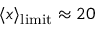
\langle x \rangle _ { { \mathrm { l i m i t } } } \approx 2 0